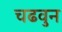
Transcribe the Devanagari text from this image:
चढवुन